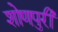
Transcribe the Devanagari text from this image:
शोणपुरी